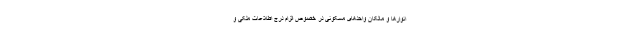
انوارها و مالکان واحدهای مسکونی در خصوص الزام درج اطلاعات ملکی و